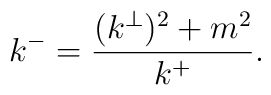
k^{-}=\frac{(k^{\perp })^{2}+m^{2}}{k^{+}}.